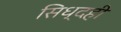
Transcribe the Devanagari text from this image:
सिध्दही